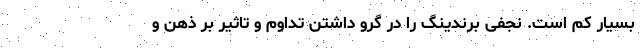
بسیار کم است. نجفی برندینگ را در گرو داشتن تداوم و تاثیر بر ذهن و